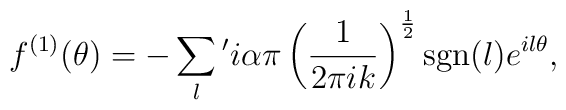
f^{\left( 1\right) }(\theta )= -\sum_{l} {}^{\prime}i\alpha \pi \left( \frac{1}{2\pi ik}\right) ^{\frac{1}{2}} \mathrm{sgn}(l) e^{il\theta },